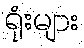
ရုံးများ